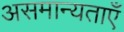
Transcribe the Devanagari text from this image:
असमान्यताएँ